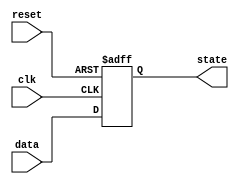
module async_reset_block (
    input wire reset,      // Asynchronous reset signal
    input wire clk,        // Clock signal
    input wire [7:0] data, // Example input data for state update
    output reg [7:0] state // Output state of the circuit
);

// Define the reset value
parameter RESET_VALUE = 8'b00000000;

always @(posedge clk or posedge reset) begin
    if (reset) begin
        // Asynchronous reset: set state to reset value
        state <= RESET_VALUE;
    end else begin
        // Normal operation: update state based on input data
        state <= data; // Example logic for state update
    end
end

endmodule